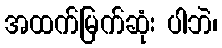
အထက်မြက်ဆုံး ပါဘဲ၊